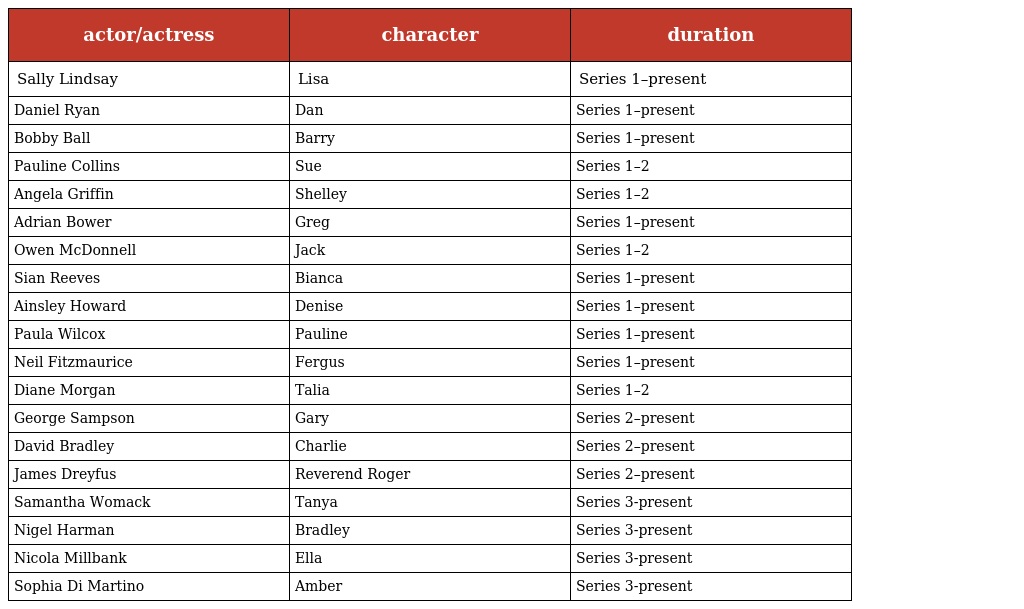
| actor/actress | character | duration |
 | --- | --- | --- |
 | Sally Lindsay | Lisa | Series 1–present |
 | Daniel Ryan | Dan | Series 1–present |
 | Bobby Ball | Barry | Series 1–present |
 | Pauline Collins | Sue | Series 1–2 |
 | Angela Griffin | Shelley | Series 1–2 |
 | Adrian Bower | Greg | Series 1–present |
 | Owen McDonnell | Jack | Series 1–2 |
 | Sian Reeves | Bianca | Series 1–present |
 | Ainsley Howard | Denise | Series 1–present |
 | Paula Wilcox | Pauline | Series 1–present |
 | Neil Fitzmaurice | Fergus | Series 1–present |
 | Diane Morgan | Talia | Series 1–2 |
 | George Sampson | Gary | Series 2–present |
 | David Bradley | Charlie | Series 2–present |
 | James Dreyfus | Reverend Roger | Series 2–present |
 | Samantha Womack | Tanya | Series 3-present |
 | Nigel Harman | Bradley | Series 3-present |
 | Nicola Millbank | Ella | Series 3-present |
 | Sophia Di Martino | Amber | Series 3-present |